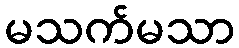
မသက်မသာ